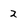
Character: 2